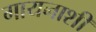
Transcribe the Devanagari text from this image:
गायनाशी